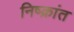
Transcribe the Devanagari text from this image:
निष्क्रांत